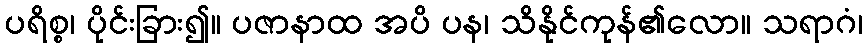
ပရိစ္စ၊ ပိုင်းခြား၍။ ပဇာနာထ အပိ ပန၊ သိနိုင်ကုန်၏လော။ သရာဂံ၊